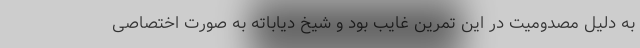
به دلیل مصدومیت در این تمرین غایب بود و شیخ دیاباته به صورت اختصاصی